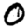
Digit: 0